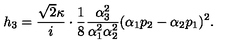
h _ { 3 } = \frac { \sqrt { 2 } \kappa } { i } \cdot \frac { 1 } { 8 } \frac { \alpha _ { 3 } ^ { 2 } } { \alpha _ { 1 } ^ { 2 } \alpha _ { 2 } ^ { 2 } } ( \alpha _ { 1 } p _ { 2 } - \alpha _ { 2 } p _ { 1 } ) ^ { 2 } .